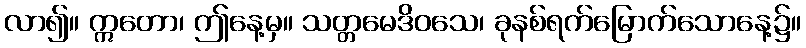
လာ၍။ ဣတော၊ ဤနေ့မှ။ သတ္တမေဒိဝသေ၊ ခုနစ်ရက်မြောက်သောနေ့၌။